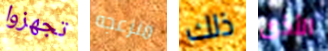
تجهزوا منزعجه ذلك الأذى